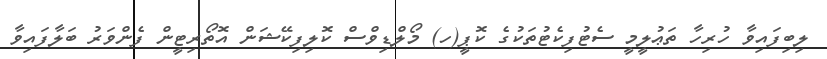
ލިބިފައިވާ ހުރިހާ ތަޢުލީމީ ސެޓުފިކެޓުތަކުގެ ކޮޕީ(ހ) މޯލްޑިވްސް ކޮލިފިކޭޝަން އޮތޯރިޓީން ފެންވަރު ބަލާފައިވާ